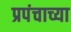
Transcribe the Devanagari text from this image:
प्रपंचाच्या